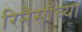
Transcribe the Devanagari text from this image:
रिनैसाँच्या